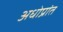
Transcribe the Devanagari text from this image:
अधोप्रांत